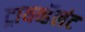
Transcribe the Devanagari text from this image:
ट्रायव्हॅलंट